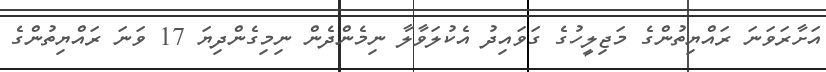
އަށާރަވަނަ ރައްޔިތުންގެ މަޖިލީހުގެ ގަވައިދު އެކުލަވާލާ ނިމެންދެން ނިމިގެންދިޔަ 17 ވަނަ ރައްޔިތުންގެ